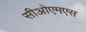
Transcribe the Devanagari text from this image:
सीओएमएस